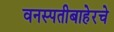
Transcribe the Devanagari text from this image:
वनस्पतीबाहेरचे